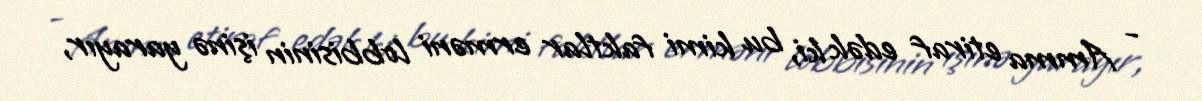
- Amma etiraf edək ki, bu kimi faktlar erməni lobbisinin işinə yarayır,